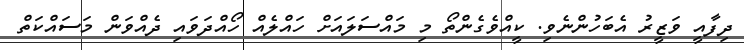
ދިފާއީ ވަޒީރު އެބަހުންނެވި. ކީއްވެގެންތޯ މި މައްސަލައަށް ހައްލެއް ހޯއްދަވައި ދެއްވަން މަސައްކަތް